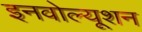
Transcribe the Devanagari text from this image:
इनवोल्यूशन